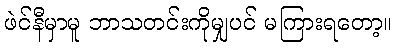
ဖဲင်နီမှာမူ ဘာသတင်းကိုမျှပင် မကြားရတော့။